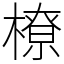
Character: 橑